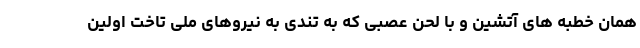
همان خطبه های آتشین و با لحن عصبی که به تندی به نیروهای ملی تاخت اولین